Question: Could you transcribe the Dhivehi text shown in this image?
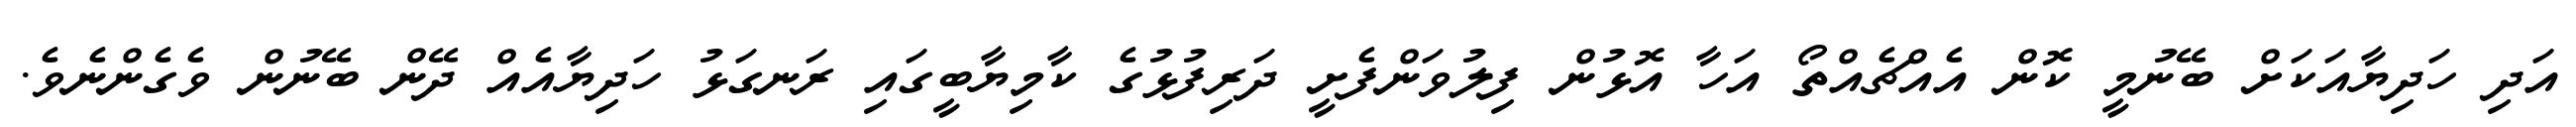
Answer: އަދި ހަދިޔާއަކަށް ބޭނުމީ ކޮން އެއްޗެއްތޯ އަހާ އޮޅުން ފިލުވަންފެށީ ދަރިފުޅުގެ ކާމިޔާބީގައި ރަނގަޅު ހަދިޔާއެއް ދޭން ބޭނުން ވެގެންނެވެ.